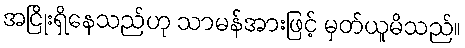
အငြိုးရှိနေသည်ဟု သာမန်အားဖြင့် မှတ်ယူမိသည်။